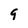
Character: 9